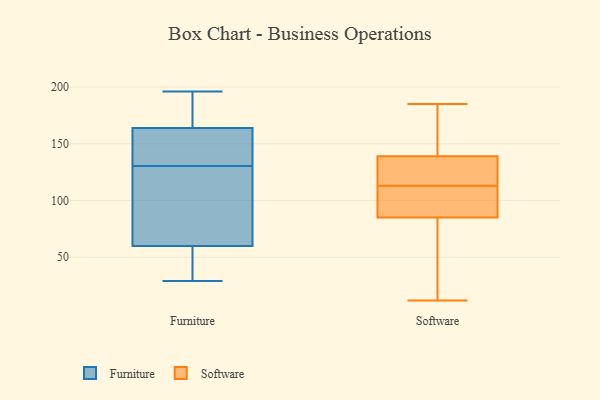
{"axis": {"x": "Operating Costs (USD K)", "y": "Value"}, "legend": ["Furniture", "Software"], "data": [{"x": "", "y": 120, "type": "Furniture"}, {"x": "", "y": 122, "type": "Furniture"}, {"x": "", "y": 139, "type": "Furniture"}, {"x": "", "y": 158, "type": "Furniture"}, {"x": "", "y": 179, "type": "Furniture"}, {"x": "", "y": 82, "type": "Furniture"}, {"x": "", "y": 145, "type": "Furniture"}, {"x": "", "y": 41, "type": "Furniture"}, {"x": "", "y": 164, "type": "Furniture"}, {"x": "", "y": 29, "type": "Furniture"}, {"x": "", "y": 34, "type": "Furniture"}, {"x": "", "y": 196, "type": "Furniture"}, {"x": "", "y": 60, "type": "Furniture"}, {"x": "", "y": 167, "type": "Furniture"}, {"x": "", "y": 67, "type": "Software"}, {"x": "", "y": 139, "type": "Software"}, {"x": "", "y": 85, "type": "Software"}, {"x": "", "y": 185, "type": "Software"}, {"x": "", "y": 139, "type": "Software"}, {"x": "", "y": 99, "type": "Software"}, {"x": "", "y": 12, "type": "Software"}, {"x": "", "y": 124, "type": "Software"}, {"x": "", "y": 171, "type": "Software"}, {"x": "", "y": 102, "type": "Software"}]}